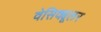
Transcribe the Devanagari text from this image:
वेसिक्यूलर